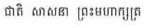
ជាតិ សាសនា ព្រះមហាក្សត្រ